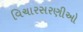
વિચારસરણીઓ